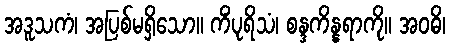
အဒူသကံ၊ အပြစ်မရှိသော။ ကိံပုရိသံ၊ စန္ဒကိန္နရာကို။ အဝဓိ၊